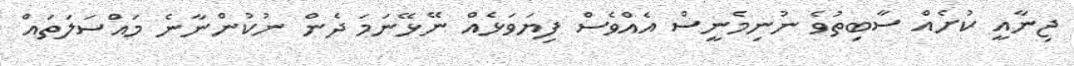
ޖިނާއީ ކުށެއް ސާބިތުވެ ނުނިމެނީސް އެއްވެސް ފިޔަވަޅެއް ނޭޅޭނަމަ ދެން ނުކުންނާނެ މައްސަލަތައް